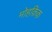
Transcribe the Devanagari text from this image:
मोहक़िक़